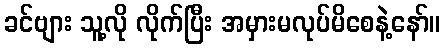
ခင်ဗျား သူ့လို လိုက်ပြီး အမှားမလုပ်မိစေနဲ့နော်။